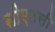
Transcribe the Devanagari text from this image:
सीएलसी